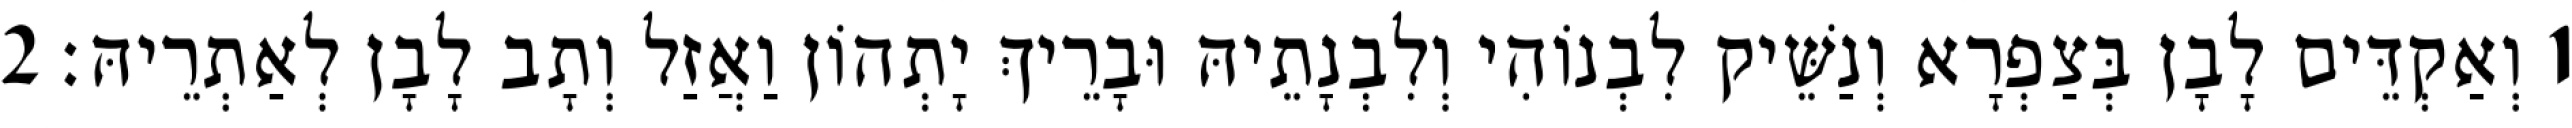
1 וְאַקְדֵּים לָבָן בְּצַפְרָא וְנַשֵּׁיק לִבְנוֹהִי וְלִבְנָתֵיהּ וּבָרֵיךְ יָתְהוֹן וַאֲזַל וְתָב לָבָן לְאַתְרֵיהּ׃ 2